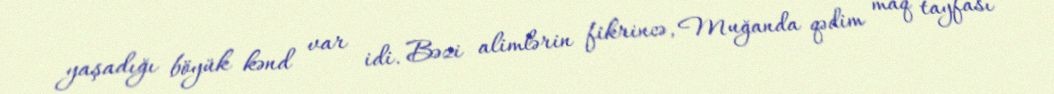
yaşadığı böyük kənd var idi. Bəzi alimlərin fikrincə, Muğanda qədim maq tayfası